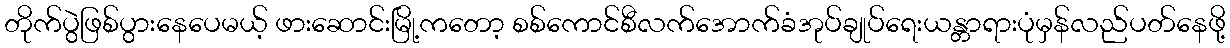
တိုက်ပွဲဖြစ်ပွားနေပေမယ့် ဖားဆောင်းမြို့ကတော့ စစ်ကောင်စီလက်အောက်ခံအုပ်ချုပ်ရေးယန္တာရားပုံမှန်လည်ပတ်နေဖို့